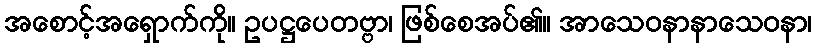
အစောင့်အရှောက်ကို။ ဥပဋ္ဌပေတဗ္ဗာ၊ ဖြစ်စေအပ်၏။ အာသေဝနာနာသေဝနာ၊